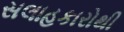
સલાહકારોથી